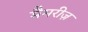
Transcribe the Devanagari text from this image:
मैमरीज़